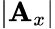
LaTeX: |\mathbf{A}_{x}|